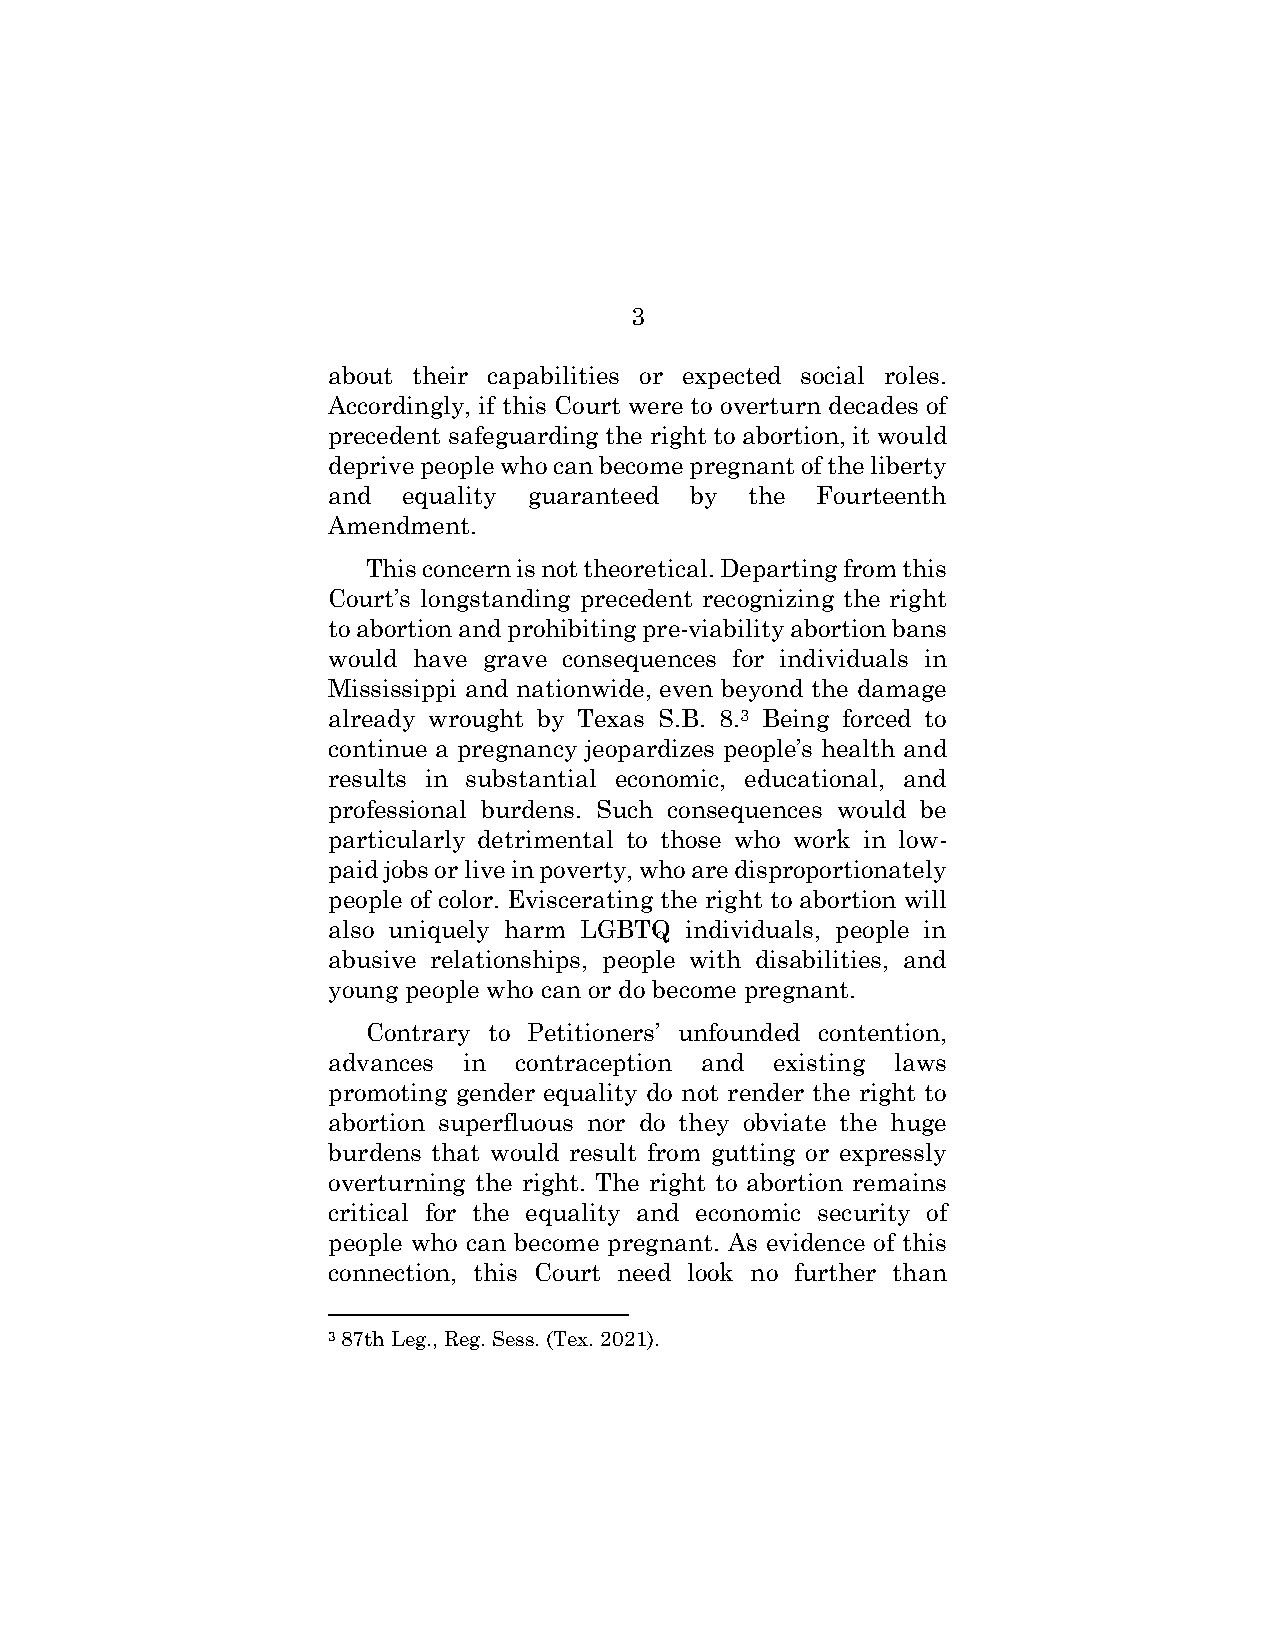
3
 about their capabilities or expected social roles.
 Accordingly, if this Court were to overturn decades of
 precedent safeguarding the right to abortion, it would
 deprive people who can become pregnant of the liberty
 and  equality guaranteed by the Fourteenth
 Amendment.
 This concern is not theoretical. Departing from this
 Court’s longstanding precedent recognizing the right
 to abortion and prohibiting pre-viability abortion bans
 would have grave consequences for individuals in
 Mississippi and nationwide, even beyond the damage
 already wrought by Texas S.B. 8.3 Being forced to
 continue a pregnancy jeopardizes people’s health and
 results in substantial economic, educational, and
 professional burdens. Such consequences would be
 particularly detrimental to those who work in low-
 paid jobs or live in poverty, who are disproportionately
 people of color. Eviscerating the right to abortion will
 also uniquely harm LGBTQ individuals, people in
 abusive relationships, people with disabilities, and
 young people who can or do become pregnant.
 Contrary to Petitioners’ unfounded contention,
 advances in contraception and existing laws
 promoting gender equality do not render the right to
 abortion superfluous nor do they obviate the huge
 burdens that would result from gutting or expressly
 overturning the right. The right to abortion remains
 critical for the equality and economic security of
 people who can become pregnant. As evidence of this
 connection, this Court need look no further than
 3 87th Leg., Reg. Sess. (Tex. 2021).